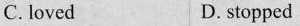
C. loved D. stopped